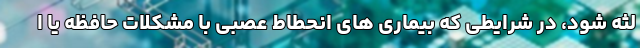
لثه شود، در شرایطی که بیماری های انحطاط عصبی با مشکلات حافظه یا ا